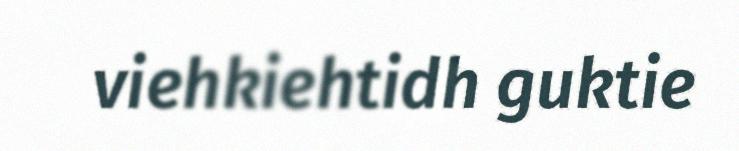
viehkiehtidh guktie